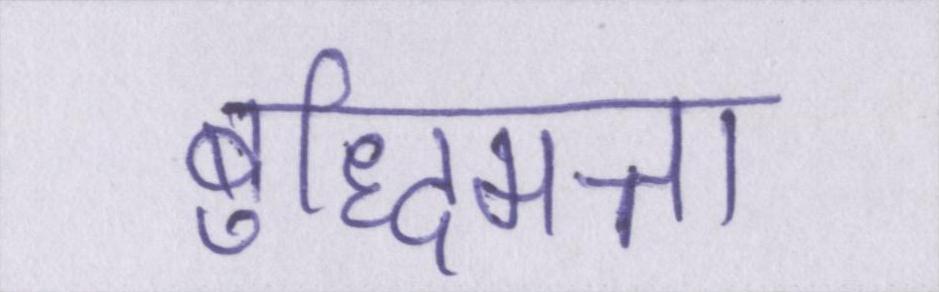
बुद्धिमत्ता